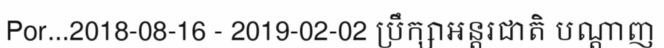
Por...2018-08-16 - 2019-02-02 ប្រឹក្សាអន្តរជាតិ បណ្តាញ